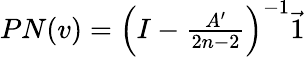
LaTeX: \begin{array}{r}{PN(v)=\left(I-\frac{A^{\prime}}{2n-2}\right)^{-1}\vec{1}}\end{array}